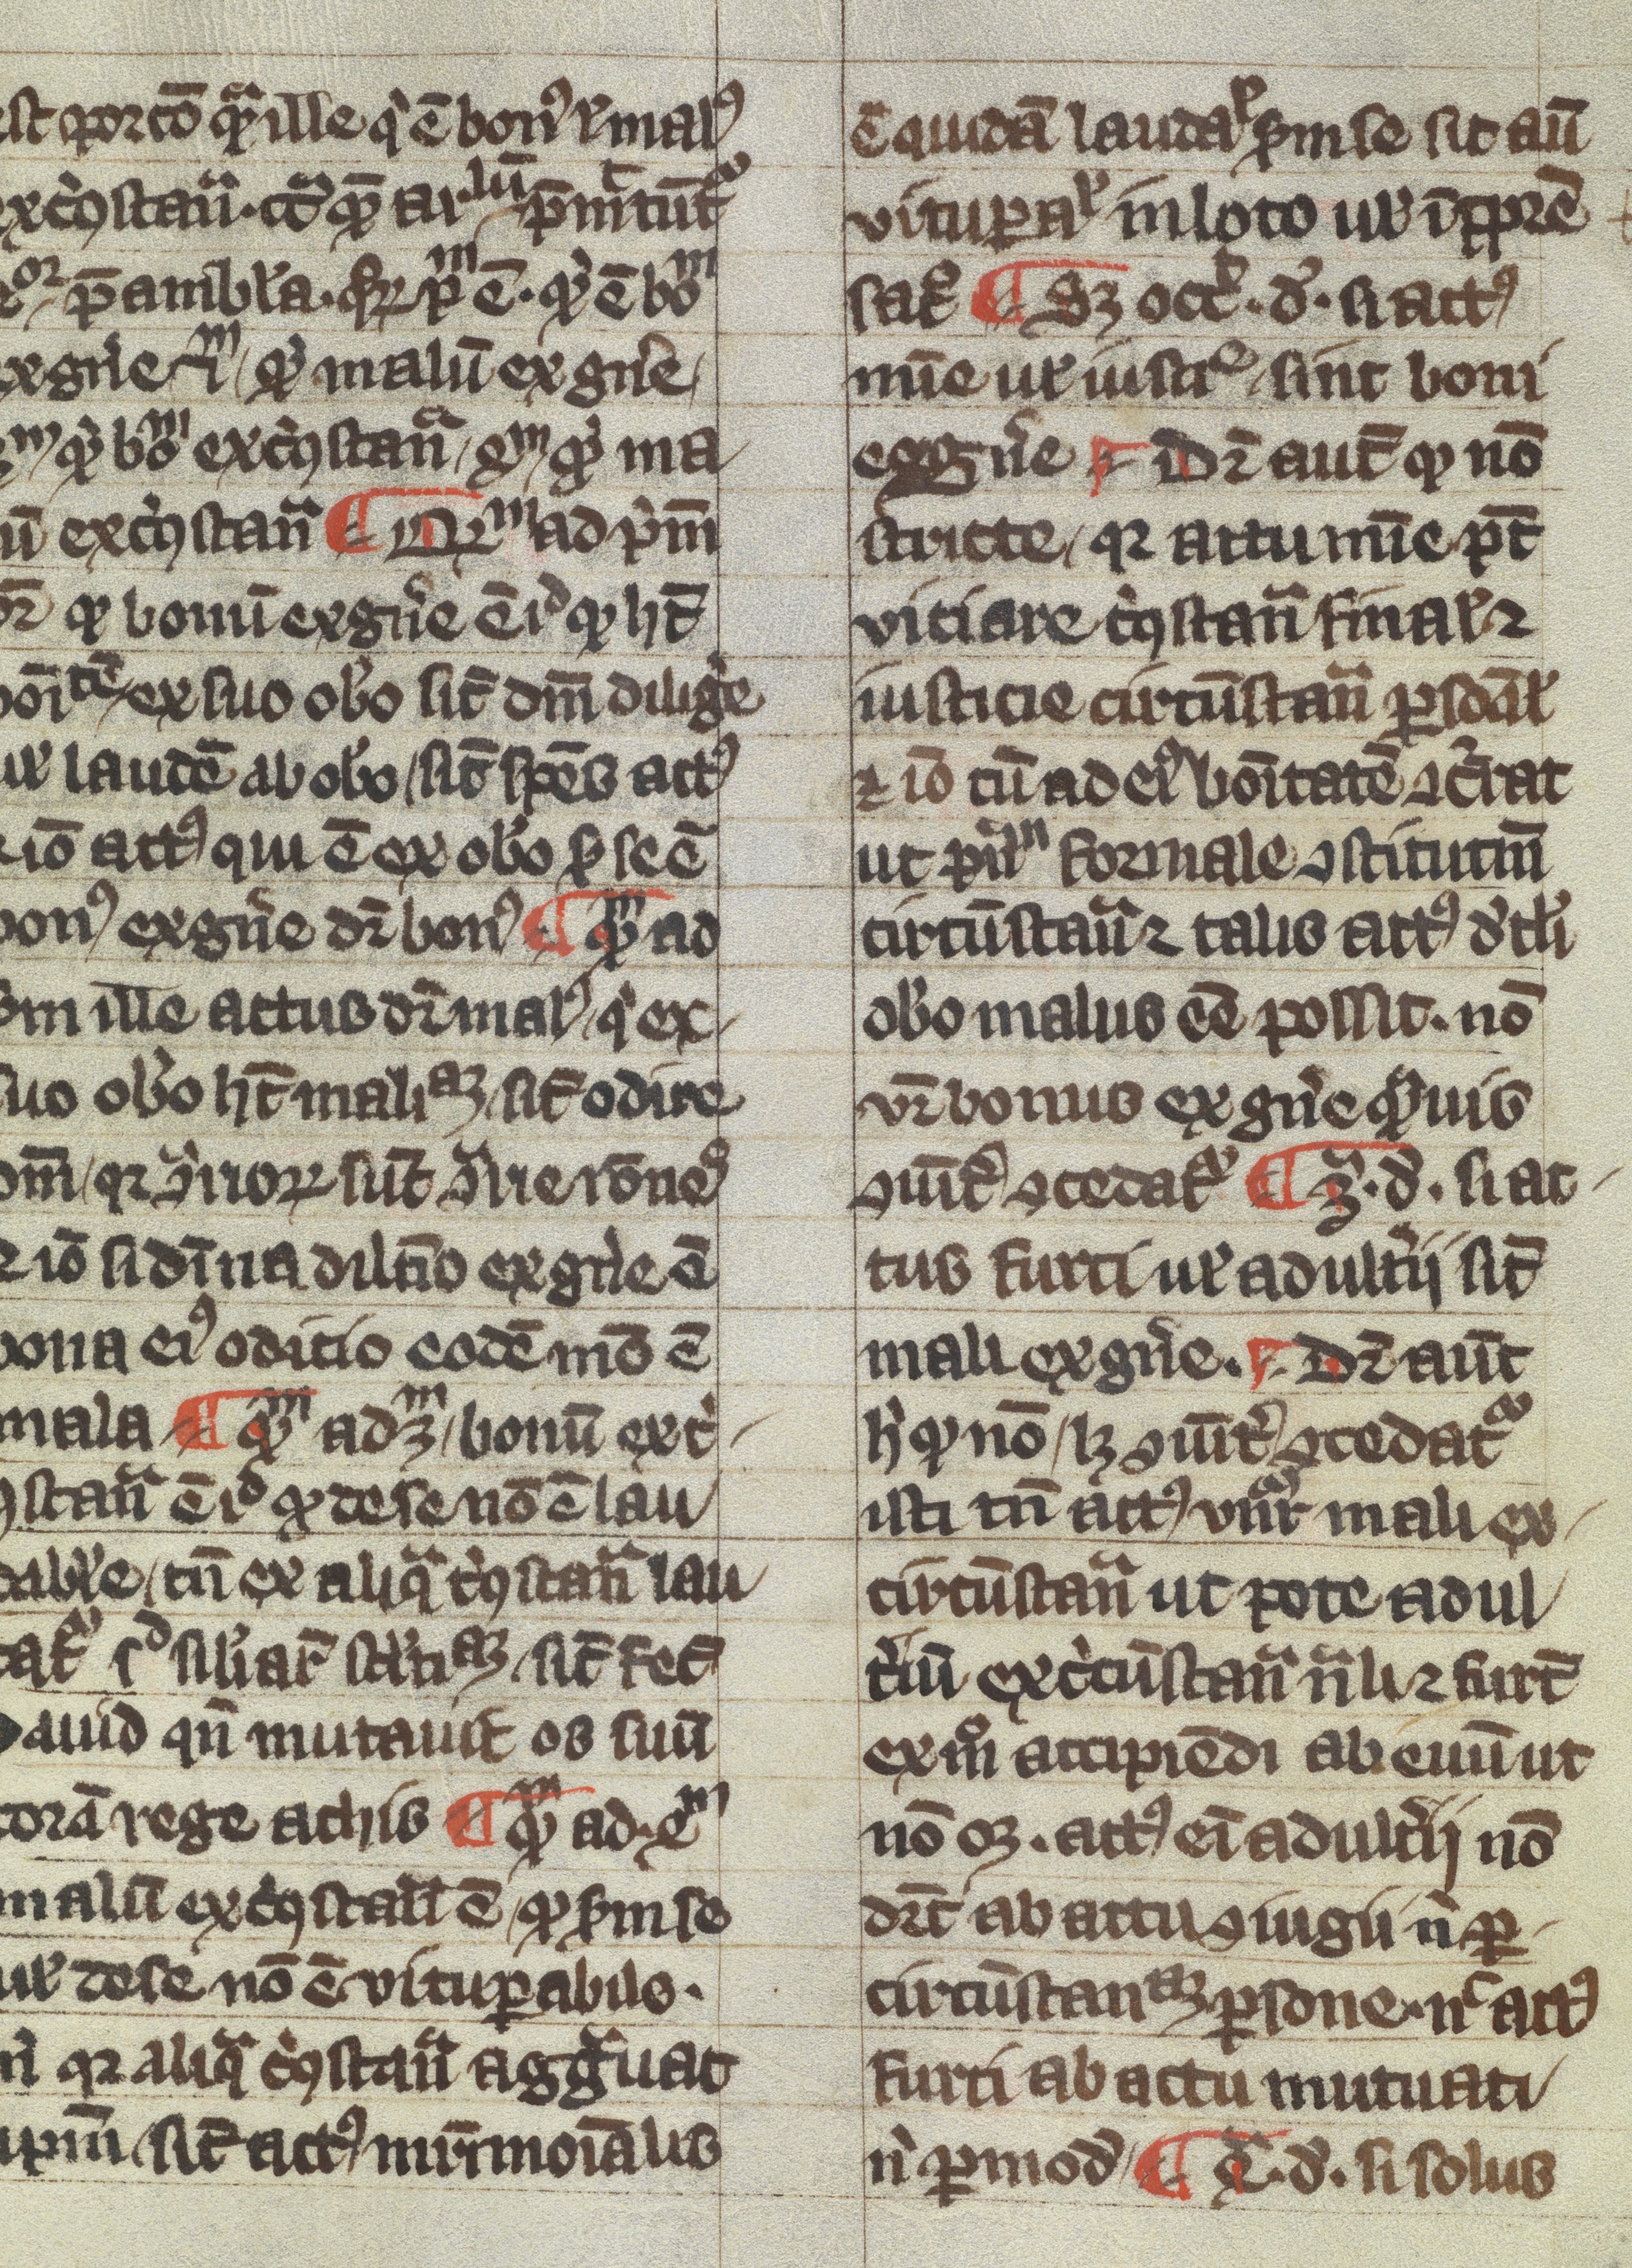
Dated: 1300–1399